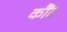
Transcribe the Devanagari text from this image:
कौंट